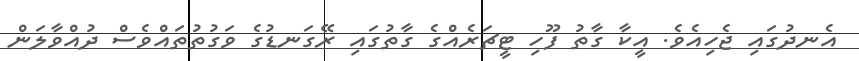
އެނދުގައި ޖެހިއެވެ. އީކާ ގާތު ފޫހި ޓީޗަރެއްގެ ގާތުގައި ރޭގަނޑުގެ ވަގުތުތައްވެސް ދުއްވާލަން